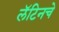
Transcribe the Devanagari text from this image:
लॅटिनचे